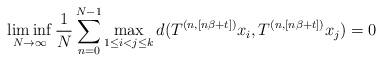
LaTeX: \begin{align*}\liminf_{N\to\infty}\frac{1}{N}\sum_{n=0}^{N-1}\max_{1\leq i<j\leq k} {d}(T^{(n,[n\beta+t])}x_i,T^{(n,[n\beta+t])}x_j)=0\end{align*}